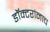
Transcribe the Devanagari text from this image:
डॉक्टरांनाच